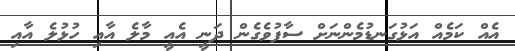
އެއް ކަމެއް އަޅުގަނޑުމެންނަށް ސާފުވެގެން ދަނީ އެއީ މާލެ އާއި ހުޅުލެ އާއި